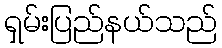
ရှမ်းပြည်နယ်သည်